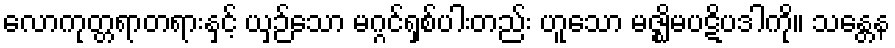
လောကုတ္တရာတရားနှင့် ယှဉ်သော မဂ္ဂင်ရှစ်ပါးတည်း ဟူသော မဇ္ဈိမပဋိပဒါကို။ သန္တေန